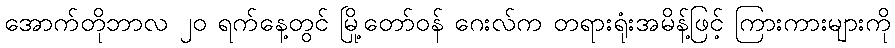
အောက်တိုဘာလ ၂၀ ရက်နေ့တွင် မြို့တော်ဝန် ဂေးလ်က တရားရုံးအမိန့်ဖြင့် ကြားကားများကို